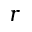
r